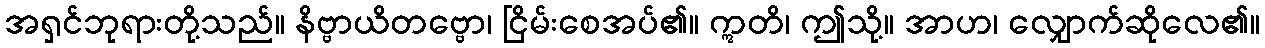
အရှင်ဘုရားတို့သည်။ နိဗ္ဗာယိတဗ္ဗော၊ ငြိမ်းစေအပ်၏။ ဣတိ၊ ဤသို့။ အာဟ၊ လျှောက်ဆိုလေ၏။